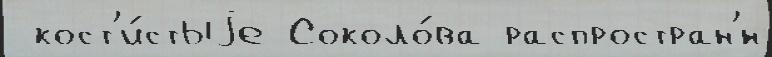
 кост'и́стыjе Соколо́ва распростран'́н